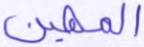
المهين